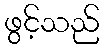
ဖွင့်သည်